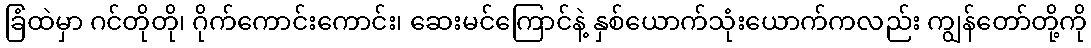
ခြံထဲမှာ ဂင်တိုတို၊ ဂိုက်ကောင်းကောင်း၊ ဆေးမင်ကြောင်နဲ့ နှစ်ယောက်သုံးယောက်ကလည်း ကျွန်တော်တို့ကို